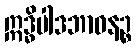
ဣဒ္ဓိပါဒဘာဝနဉ္စ